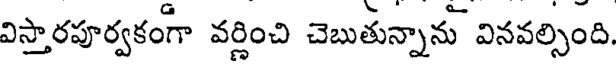
విస్తారపూర్వకంగా వర్ణించి చెబుతున్నాను వినవల్సింది.